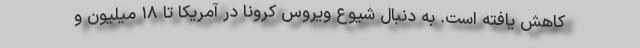
کاهش یافته است. به دنبال شیوع ویروس کرونا در آمریکا تا ۱۸ میلیون و